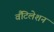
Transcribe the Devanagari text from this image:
वैंटिलेशन